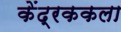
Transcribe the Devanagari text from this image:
केंद्रककला